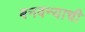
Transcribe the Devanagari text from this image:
बनवन्याची